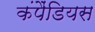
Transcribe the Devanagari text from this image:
कंपैंडियस